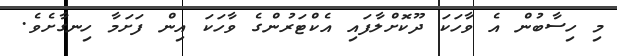
މި ހިސާބުން އެ ވާހަކަ ދޫކޮށްލާފައި އެކްޓަރުންގެ ވާހަކަ އިން ފަށަމާ ހިނގާށެވެ.